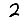
Digit: 2